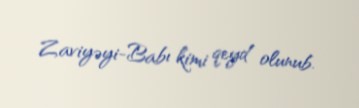
Zaviyəyi-Babı kimi qeyd olunub.